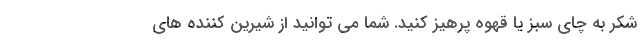
شکر به چای سبز یا قهوه پرهیز کنید. شما می توانید از شیرین کننده های